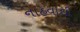
નાહવાથી